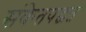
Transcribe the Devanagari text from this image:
संकेतपद्धत